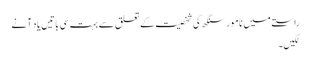
راستے میں نامور سنگھ کی شخصیت کے تعلق سے بہت سی باتیں یاد آنے
لگیں۔